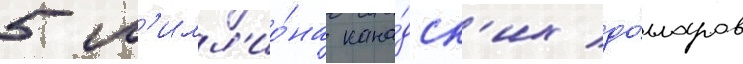
5 м'илл'ио́на кана́дск'их до́лларов